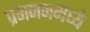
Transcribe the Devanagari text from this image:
प्रजननमध्ये